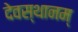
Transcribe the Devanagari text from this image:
देवस्थानम्